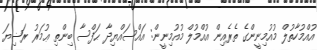
އުއްމުހާތުލް މުއުމިނީންގެ ތެރެއިން އުއްމުލް މުއުމިނީން: އައްސައްޔިދާ ޙަފްސާ ބިންތި ޢުމަރު ރަޟިޔަ